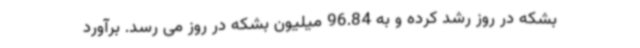
بشکه در روز رشد کرده و به 96.84 میلیون بشکه در روز می رسد. برآورد